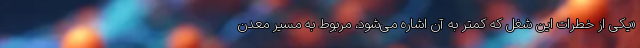
«یکی از خطرات این شغل که کمتر به آن اشاره می‌شود، مربوط به مسیر معدن